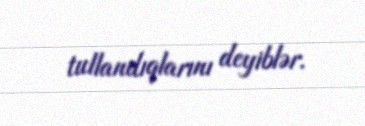
tullandıqlarını deyiblər.